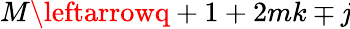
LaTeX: M\leftarrowq+1+2mk\mp\mathit{j}